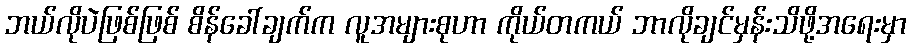
ဘယ်လိုပဲဖြစ်ဖြစ် စိန်ခေါ်ချက်က လူအများစုဟာ ကိုယ်တကယ် ဘာလိုချင်မှန်းသိဖို့အရေးမှာ